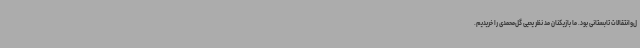
ل‌وانتقالات تابستانی بود. ما بازیکنان مد نظر یحیی گل‌محمدی را خریدیم.